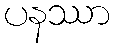
ပနဿာ